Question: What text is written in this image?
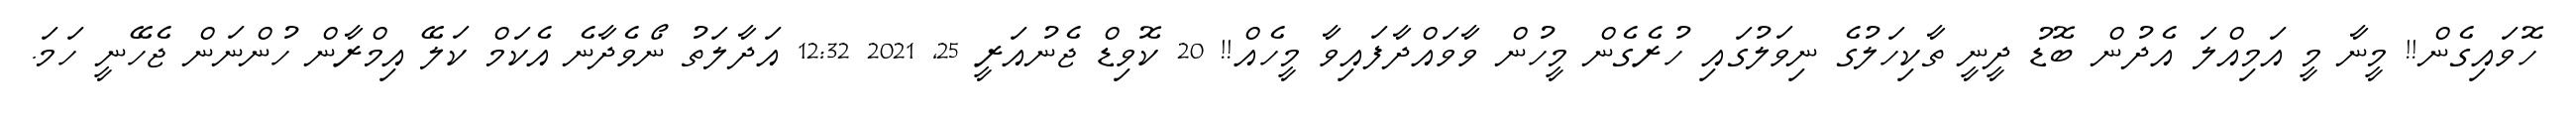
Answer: ހޮވައިގެން!! މީނާ މީ އަމިއްލަ އެދުން ބޮޑު ދީނީ ތާކިހަލުގެ ނިވަލުގައި ހުރެގެން މީހުން ވާވައްދާފައިވާ މީހެއް!! 20 ކޮވިޑް ޖެނުއަރީ 25, 2021 12:32 އަދާލަތު ނޯވެދާނެ އެކަމް ކަލޭ އިމްރާން ހުންނަން ޖެހޭނީ ހަމަ.